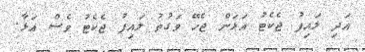
އަދި ލައިފު ޖެކެޓު އަޅަން ޖެހޭ ވަގުތު ލައިފު ޖެކެޓު ވެސް އަޅާ.